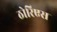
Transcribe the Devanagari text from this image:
ठोरिएस